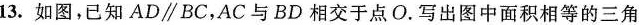
13.如图，已知AD∥BC，AC与BD相交于点O。写出图中面积相等的三角